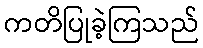
ကတိပြုခဲ့ကြသည်